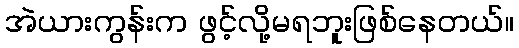
အဲယားကွန်းက ဖွင့်လို့မရဘူးဖြစ်နေတယ်။